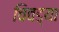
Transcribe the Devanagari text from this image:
चिवड्या